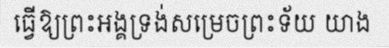
ធ្វើឱ្យព្រះអង្គទ្រង់សម្រេចព្រះទ័យ យាង